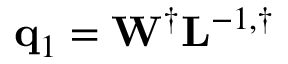
\mathbf { q } _ { 1 } = \mathbf { W } ^ { \dagger } \mathbf { L } ^ { - 1 , \dagger }